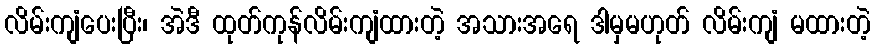
လိမ်းကျံပေးပြီး၊ အဲဒီ ထုတ်ကုန်လိမ်းကျံထားတဲ့ အသားအရေ ဒါမှမဟုတ် လိမ်းကျံ မထားတဲ့